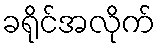
ခရိုင်အလိုက်